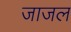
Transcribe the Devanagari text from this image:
जाजल